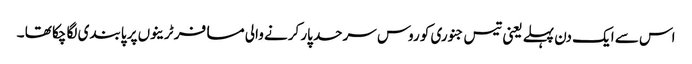
اس سے ایک دن پہلے یعنی تیس جنوری کو روس سرحد پار کرنے والی مسافر ٹرینوں پر پابندی لگا چکا تھا ۔